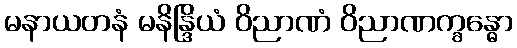
မနာယတနံ မနိန္ဒြိယံ ဝိညာဏံ ဝိညာဏက္ခန္ဓော